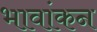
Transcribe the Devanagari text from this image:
भावांकन